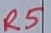
Text: R5